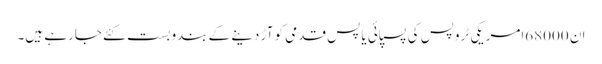
ان 68000امریکی ٹروپس کی پسپائی یا پس قدمی کو آڑ دینے کے بندوبست کئے جارہے ہیں۔